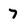
Character: 7